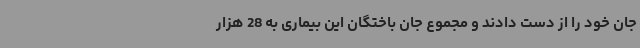
جان خود را از دست دادند و مجموع جان باختگان این بیماری به 28 هزار